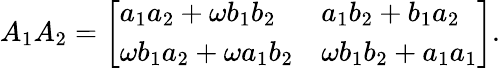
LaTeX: A_{1}A_{2}={\left[\begin{array}{ll}{a_{1}a_{2}+\omega b_{1}b_{2}}&{a_{1}b_{2}+b_{1}a_{2}}\\ {\omega b_{1}a_{2}+\omega a_{1}b_{2}}&{\omega b_{1}b_{2}+a_{1}a_{1}}\end{array}\right]}.